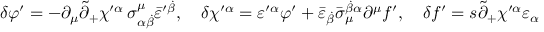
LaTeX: \delta \varphi ^ { \prime } = - \partial _ { \mu } \tilde { \partial } _ { + } \chi ^ { \prime \alpha } \, \sigma _ { \alpha \dot { \beta } } ^ { \mu } \bar { \varepsilon } ^ { \prime \dot { \beta } } , \quad \delta \chi ^ { \prime \alpha } = \varepsilon ^ { \prime \alpha } \varphi ^ { \prime } + \bar { \varepsilon } _ { \dot { \beta } } \bar { \sigma } _ { \mu } ^ { \dot { \beta } \alpha } \partial ^ { \mu } f ^ { \prime } , \quad \delta f ^ { \prime } = s \tilde { \partial } _ { + } \chi ^ { \prime \alpha } \varepsilon _ { \alpha }